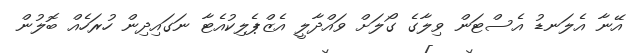
އޭނާ އެލަނޑު އެސްޓަން ވިލާގެ ގޯލަށް ވައްދާލީ އެޒްޕެލިކުއެޓާ ނަގައިދިން ހުރަހެއް ބޮލުން